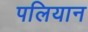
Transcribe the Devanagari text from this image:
पलियान